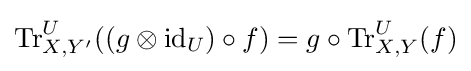
\mathrm {Tr} _{X,Y'}^{U}((g\otimes \mathrm {id} _{U})\circ f)=g\circ \mathrm {Tr} _{X,Y}^{U}(f)